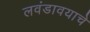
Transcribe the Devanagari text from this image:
लवंडावयाचे